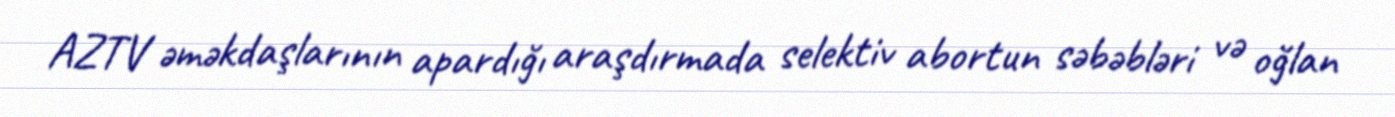
AZTV əməkdaşlarının apardığı araşdırmada selektiv abortun səbəbləri və oğlan